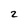
Character: 2